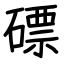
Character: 磦